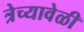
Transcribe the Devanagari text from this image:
त्रेच्यावेळी